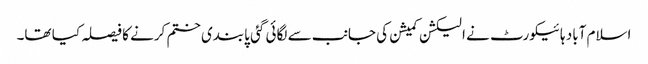
اسلام آباد ہائیکورٹ نے الیکشن کمیشن کی جانب سے لگائی گئی پابندی ختم کرنے کا فیصلہ کیا تھا۔